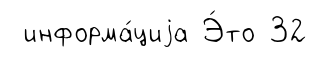
информа́циjа Э́то 32